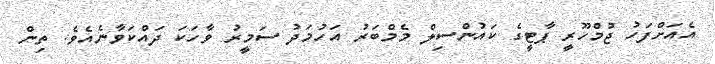
އެއަށްފަހު ޖުމްހޫރީ ޕާޓީގެ ކައުންސިލް މެމްބަރު އަހުމަދު ސަމީރު ވާހަކަ ދައްކަވާނެއެވެ. ތިން